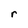
Character: r